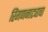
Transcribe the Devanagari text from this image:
रिंगणनाट्याचा